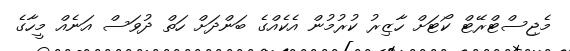
މެޖިސްޓްރޭޓް ކޯޓަށް ހާޒިރުު ކުރުމުން އެކެއްގެ ބަންދަށް ހަތް ދުވަސް އަނެއް މީހާގެ